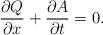
LaTeX: \begin{align*}\frac{\partial Q}{\partial x}+\frac{\partial A}{\partial t}=0.\end{align*}